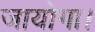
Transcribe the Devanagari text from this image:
जायोगा।